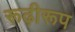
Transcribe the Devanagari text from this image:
रूढ़ीरूप